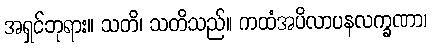
အရှင်ဘုရား။ သတိ၊ သတိသည်။ ကထံအပိလာပနလက္ခဏာ၊